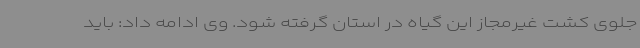
جلوی کشت غیرمجاز این گیاه در استان گرفته شود. وی ادامه داد: باید